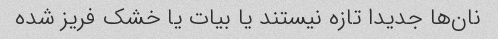
نان‌ها جدیدا تازه نیستند یا بیات یا خشک فریز شده